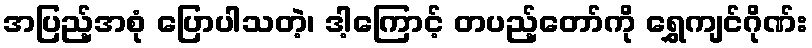
အပြည့်အစုံ ပြောပါသတဲ့၊ ဒါ့ကြောင့် တပည့်တော်ကို ရွှေကျင်ဂိုဏ်း